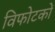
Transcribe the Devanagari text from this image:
विफोटकों